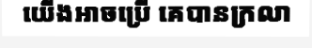
យើងអាចប្រើ គេបានក្រលា